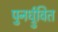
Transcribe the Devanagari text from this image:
पुनर्ध्रुवित